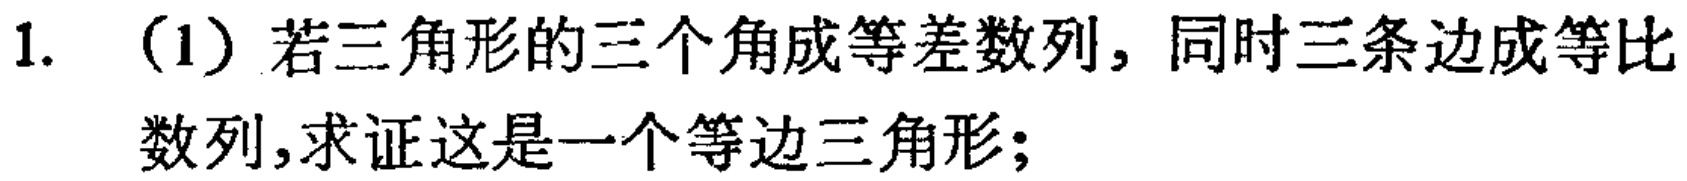
1. （1）若三角形的三个角成等差数列，同时三条边成等比数列，求证这是一个等边三角形；